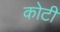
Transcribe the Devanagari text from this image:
कोटीं